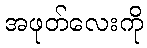
အဖုတ်လေးကို